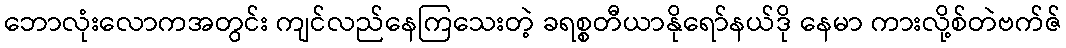
ဘောလုံးလောကအတွင်း ကျင်လည်နေကြသေးတဲ့ ခရစ္စတီယာနိုရော်နယ်ဒို နေမာ ကားလို့စ်တဲဗက်ဇ်